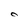
Character: O